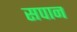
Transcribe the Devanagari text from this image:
सपान